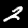
Label: 2